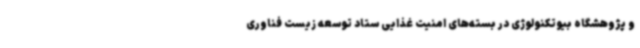
و پژوهشگاه بیوتکنولوژی در بسته‌های امنیت غذایی ستاد توسعه زیست فناوری